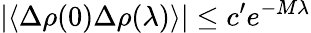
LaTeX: |\langle\Delta\rho(0)\Delta\rho(\lambda)\rangle|\leq c^{\prime}e^{-M\lambda}